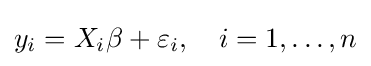
y_{i}=X_{i}\beta +\varepsilon _{i},\quad i=1,\dots {},n